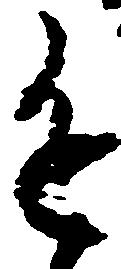
進